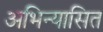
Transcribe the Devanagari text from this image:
अभिन्यासित